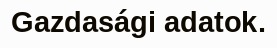
Gazdasági adatok.